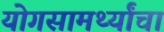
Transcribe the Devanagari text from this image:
योगसामर्थ्यांचा